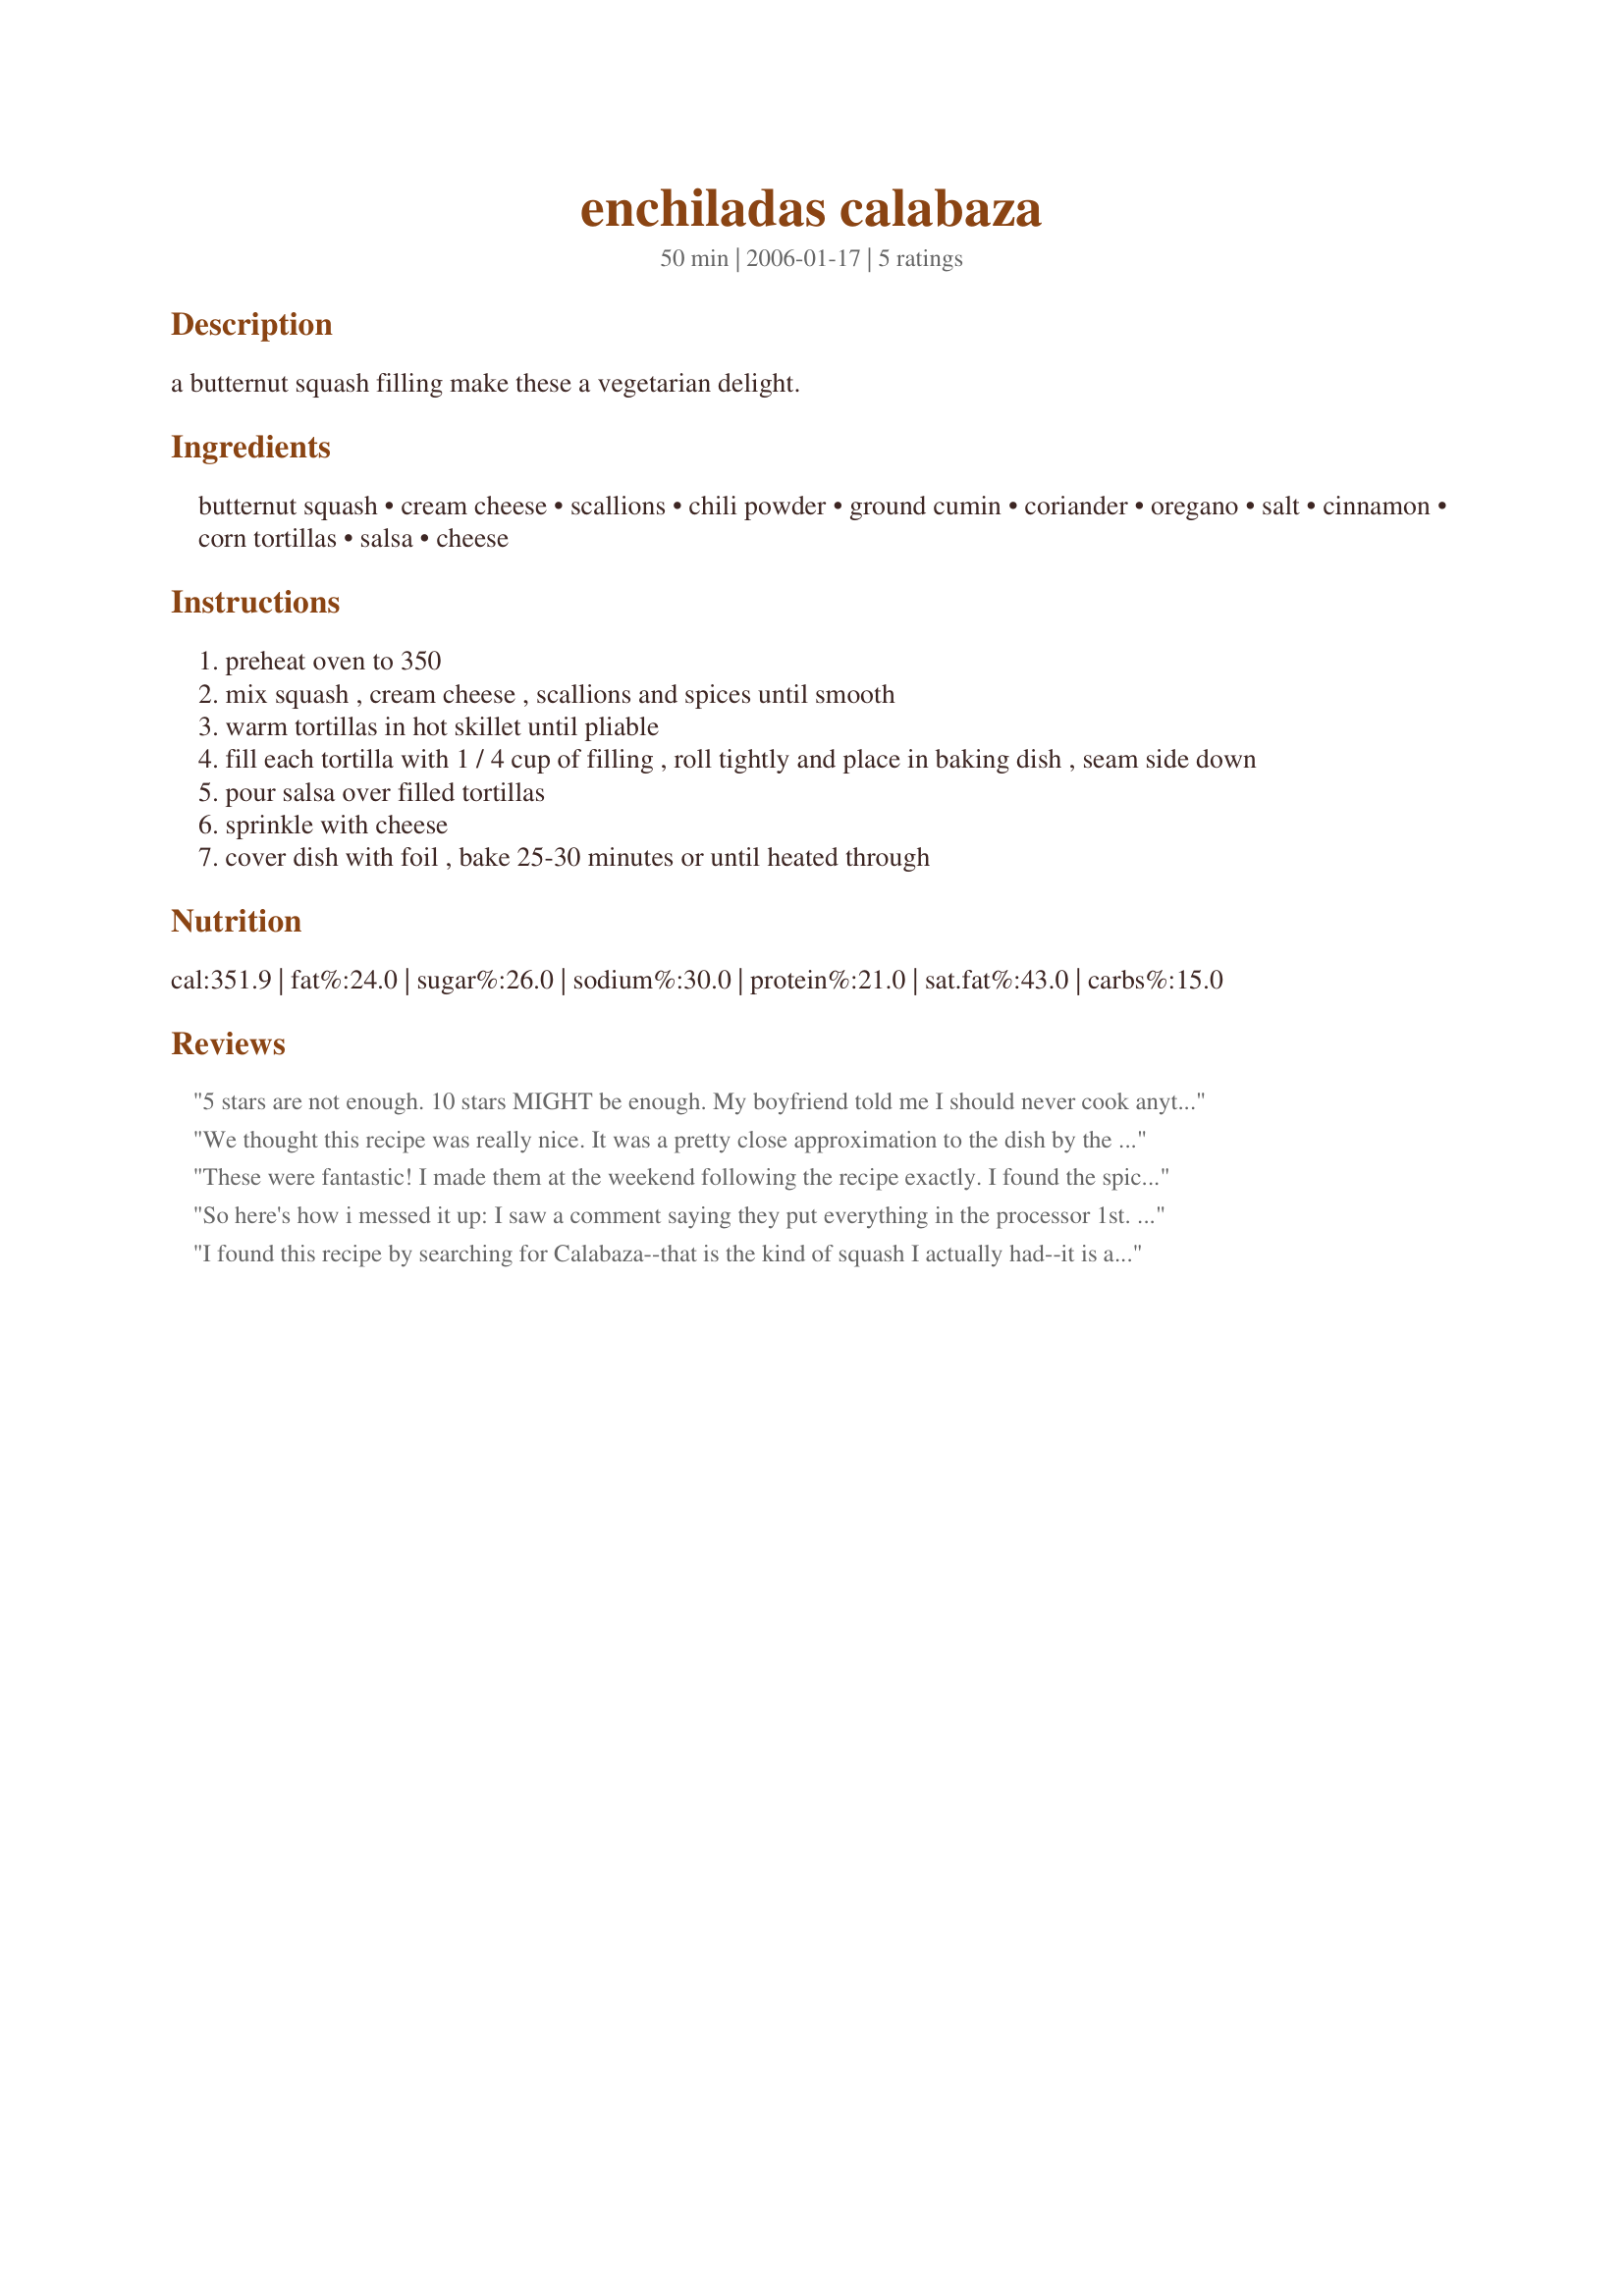
enchiladas calabaza
Preparation time: 50 minutes

a butternut squash filling make these a vegetarian delight.

Ingredients:
butternut squash, cream cheese, scallions, chili powder, ground cumin, coriander, oregano, salt, cinnamon, corn tortillas, salsa, cheese

Steps:
preheat oven to 350
mix squash , cream cheese , scallions and spices until smooth
warm tortillas in hot skillet until pliable
fill each tortilla with 1 / 4 cup of filling , roll tightly and place in baking dish , seam side down
pour salsa over filled tortillas
sprinkle with cheese
cover dish with foil , bake 25-30 minutes or until heated through

Reviews:
5 stars are not enough. 10 stars MIGHT be enough. My boyfriend told me I should never cook anything else ever again. In other words, this dish is outstanding. Great flavors, clear instructions, and relatively easy to put together. I will definitely make this again...and again...and again. Thanks divinemom5!
We thought this recipe was really nice. It was a pretty close approximation to the dish by the same name at one of my favorite vegetarian restaurants. My squash was a little bigger than the recipe called for, so we scaled up the rest of the ingredients. We thought that even though we accounted for the larger proportion in the herbs/spices, that it needed more. We intend to make this recipe again, using more of herbs and spices and will assign stars then. We did enjoy it very much, though.
These were fantastic! I made them at the weekend following the recipe exactly. I found the spice combination to be perfect. They had a wonderful flavour and my husband and I both enjoyed them very much. The leftovers tasted even better the next day, as if that was possible! I highly recommend this recipe and can promise you that it will now be a regular favorite in my house!
So here's how i messed it up: I saw a comment saying they put everything in the processor 1st. It made such a smooth puree it was literally like a thick soup. It sounded like a good idea to incorporate the spices and hide the scallions from the kids. It gets worse. I took my mini corn tortillas and warmed them. Once I put a little goop inside to feel ok about closing it the tortilla wouldn't roll it just snapped. Any hotter and I'd burn my hand trying to fill them. The filling tasted DELICIOUS and if I hadn't pureed it the consistency would've been better for a filling. Duh! on me. The solution: fill with the goop and fold in half, layer in a pan and then cover with salsa & cheese then bake at 350...while staring at it since I don't know how long it needs to be in there at this point ;) Should still taste good right?
I found this recipe by searching for Calabaza--that is the kind of squash I actually had--it is a West Indies Pumpkin. Anyway, this recipe was delicious. I used a food processor to puree the squash, and then added the green onions, creamcheese and spices. I used about 2 1/4 cups of pureed squash. I was worried that it would be too "wet", but it was not, though I did put the puree in the fridge for a while before I made up the enchiladas in the pan. This recipe baked up like a dream. It looked and tasted great. I usually don't care for corn tortillas--but in this recipe they were perfect!
